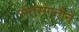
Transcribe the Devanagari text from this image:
संतसंगतीने